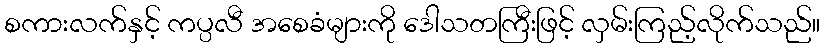
စကားလက်နှင့် ကပ္ပလီ အစေခံများကို ဒေါသတကြီးဖြင့် လှမ်းကြည့်လိုက်သည်။